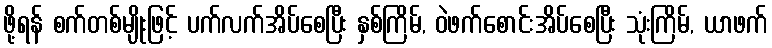
ဖို့ရန် စက်တစ်မျိုးဖြင့် ပက်လက်အိပ်စေပြီး နှစ်ကြိမ်, ဝဲဖက်စောင်းအိပ်စေပြီး သုံးကြိမ်, ယာဖက်